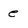
Character: e